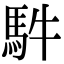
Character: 䭽